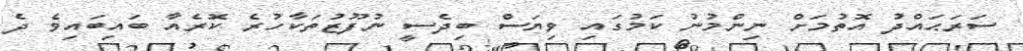
ސަރަޙައްދު އޮތުމަށް ނިންމުނު ކަމުގައި ވިޔަސް ބިދެސީ ނުފޫޒުތަކާހުރެ ކޮރެއާ ބައިބައިވެ ދެ